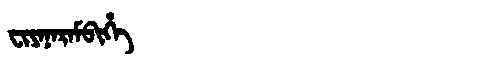
Manchu: ᠸᡳᠶᠠᠨᠠᡵᠠᠮᠪᡳᡥᡝ
Romanization: FIYANARAMBIHE